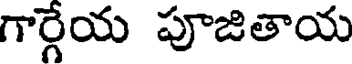
గార్గేయ పూజితాయ